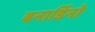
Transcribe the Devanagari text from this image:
बनार्डिनो